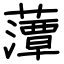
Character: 藫